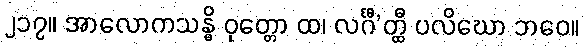
၂၁၇။ အာလောကသန္ဓိ ဝုတ္တော ထ၊ လင်္ဂီ’တ္ထီ ပလိဃော ဘဝေ။